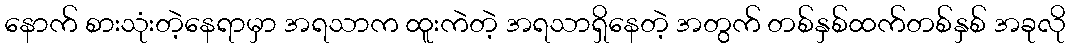
နောက် စားသုံးတဲ့နေရာမှာ အရသာက ထူးကဲတဲ့ အရသာရှိနေတဲ့ အတွက် တစ်နှစ်ထက်တစ်နှစ် အခုလို